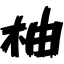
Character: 柚